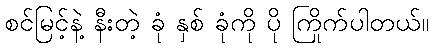
စင်မြင့်နဲ့ နီးတဲ့ ခုံ နှစ် ခုံကို ပို ကြိုက်ပါတယ်။